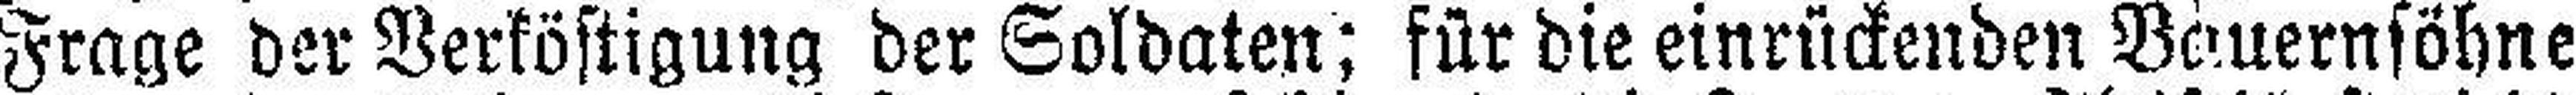
Frage der Verköstigung der Soldaten; für die einrückenden Bauernsöhne